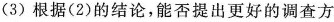
(3)根据(2)的结论，能否提出更好的调查方